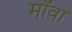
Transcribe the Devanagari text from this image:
मॉवा